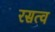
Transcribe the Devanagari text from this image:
रसत्व